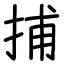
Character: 捕